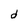
Character: d